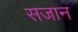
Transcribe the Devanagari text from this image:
सजान